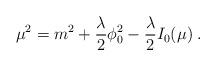
LaTeX: \begin{align*}\mu^2=m^2+{{\lambda}\over 2}\phi_0^2 -{{\lambda}\over 2} I_0(\mu) \; .\end{align*}